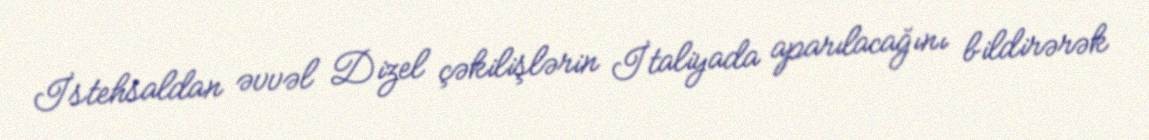
İstehsaldan əvvəl Dizel çəkilişlərin İtaliyada aparılacağını bildirərək